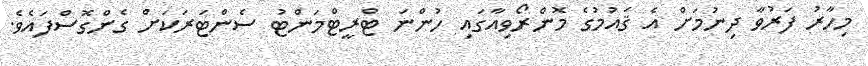
މިހާރު ފަރުވާ ދިނުމަށް އެ ޤައުމުގެ މޮންރޯވިއާގައި ހުންނަ ޓްރީޓްމަންޓު ސެންޓަރަކަށް ގެންގޮސްފައެވެ.